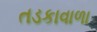
તડકાવાળા